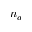
n _ { a }